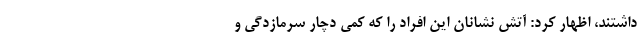
داشتند، اظهار کرد: آتش نشانان این افراد را که کمی دچار سرمازدگی و